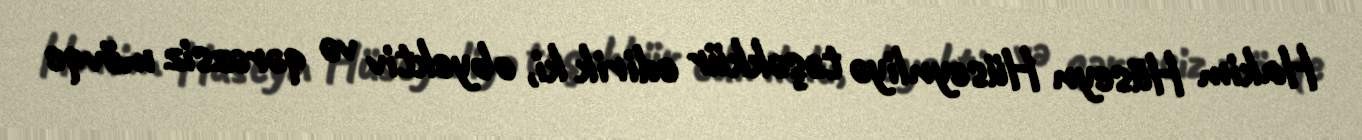
Hakim Hüseyn Hüseynliyə təşəkkür edirik ki, obyektiv və qərəzsiz mövqe